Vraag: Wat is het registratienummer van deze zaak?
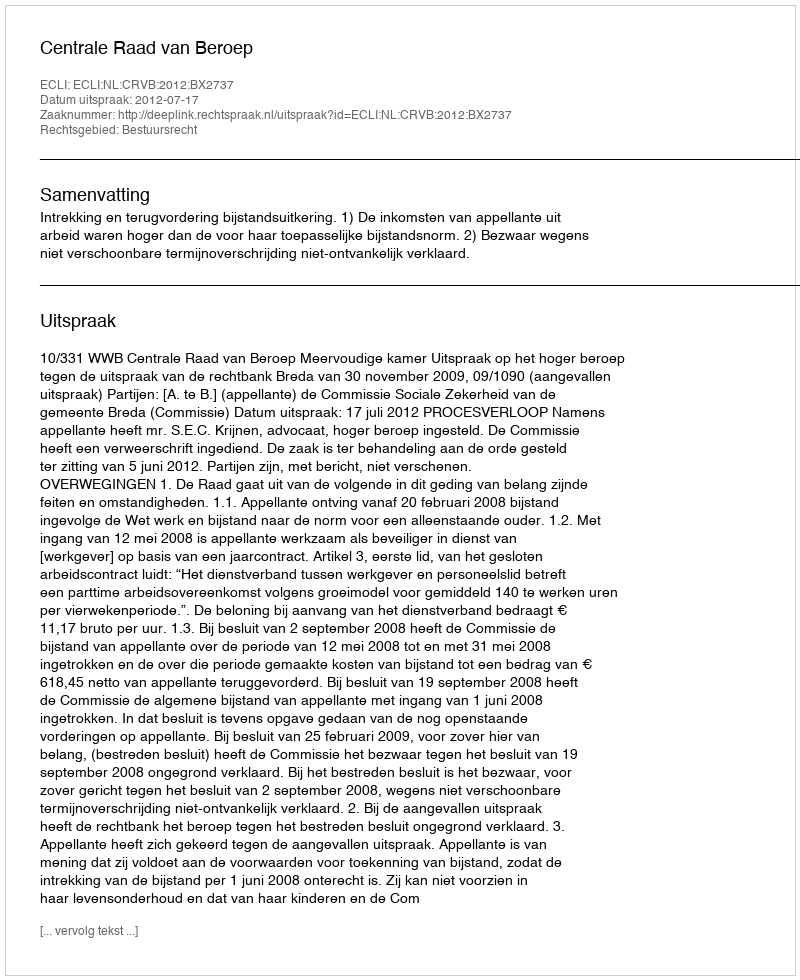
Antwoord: http://deeplink.rechtspraak.nl/uitspraak?id=ECLI:NL:CRVB:2012:BX2737